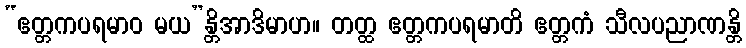
“ဧတ္တကပရမာဝ မယ”န္တိအာဒိမာဟ။ တတ္ထ ဧတ္တကပရမာတိ ဧတ္တကံ သီလပညာဏန္တိ